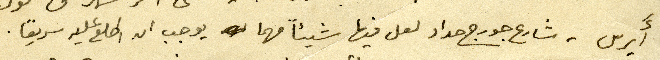
أَيرس - شارع جورج حداد لعل فيها شيئاً مهما يوجب ان اطلع عليه سريعًا